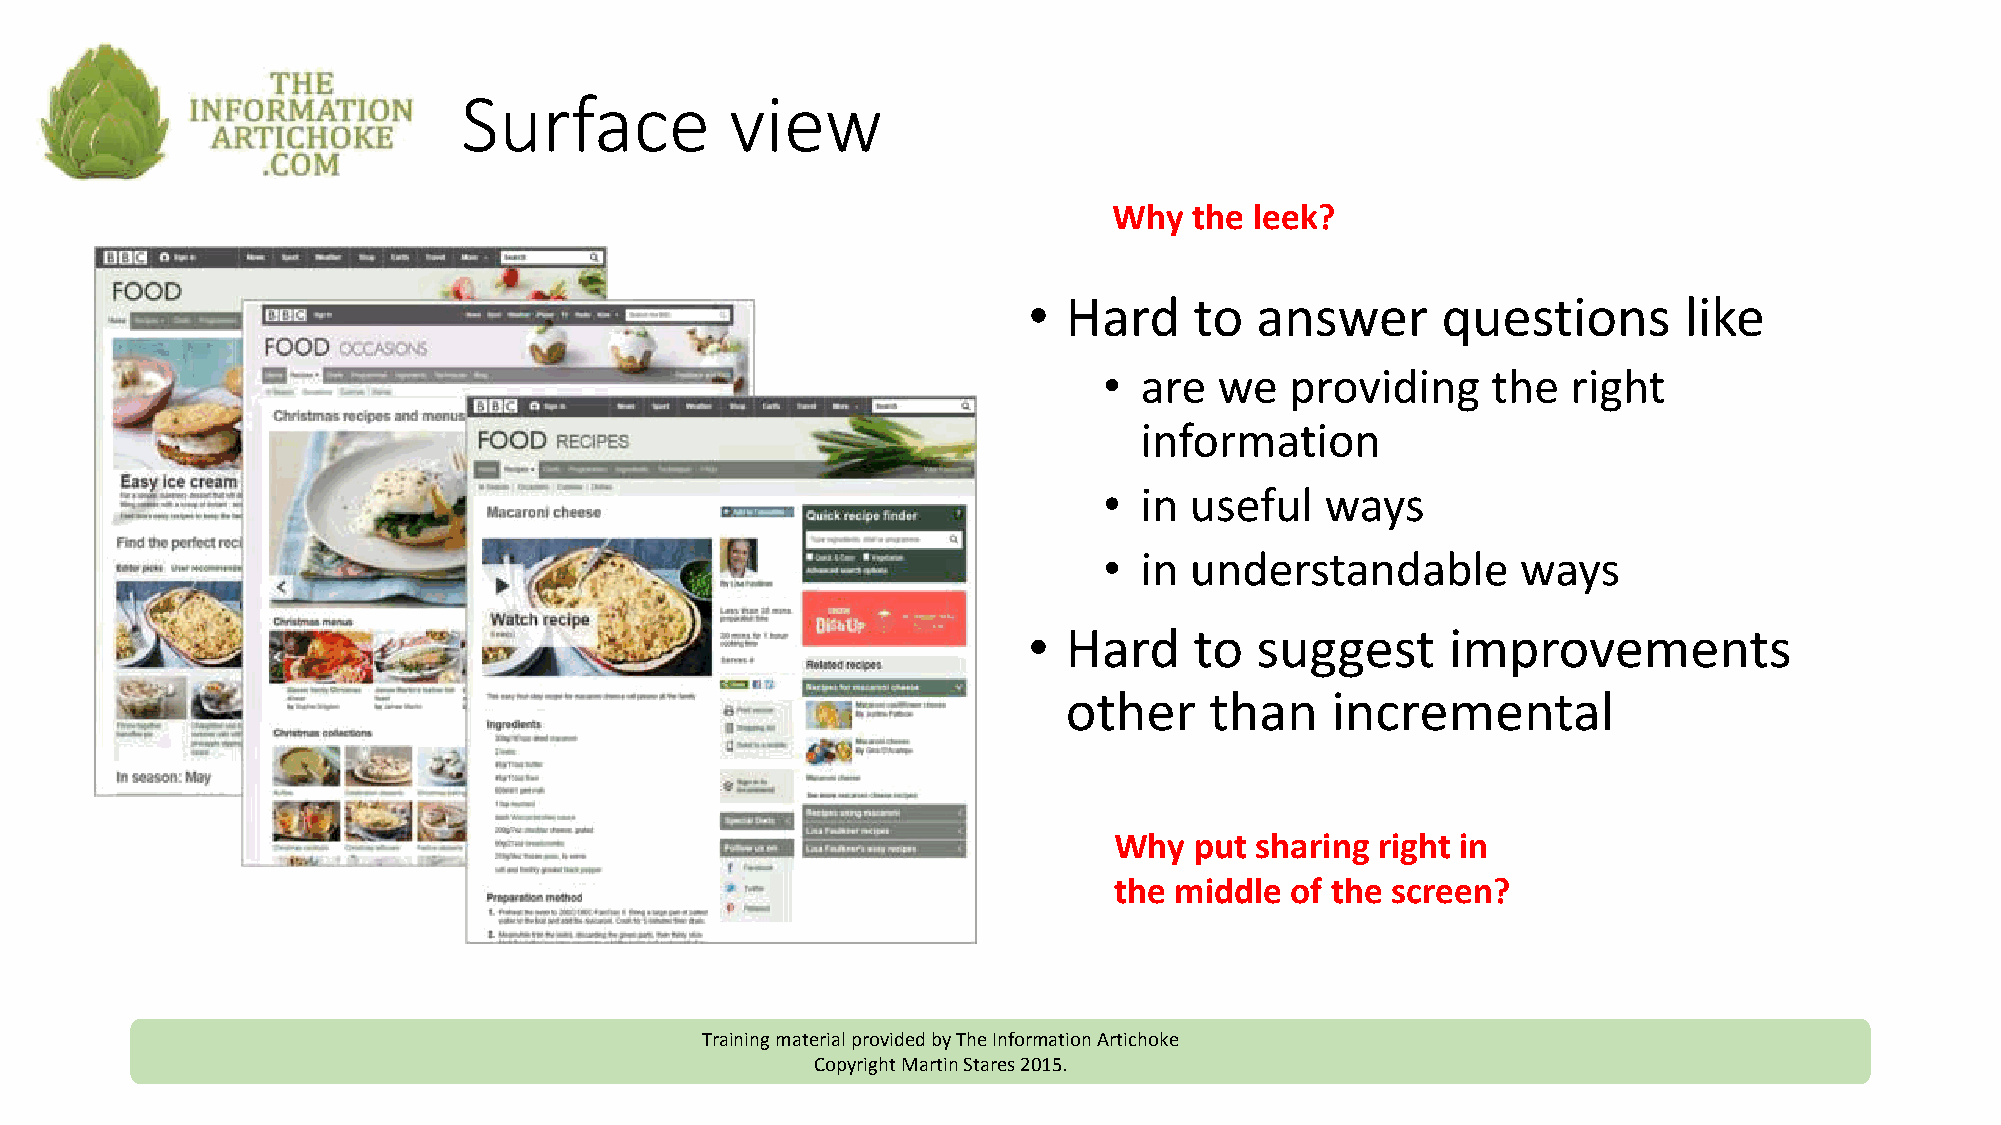
Surface          view
 Why  the leek?
 •  Hard    to  answer      questions       like
 • are   we  providing     the  right
 information
 • in  useful   ways
 • in  understandable        ways
 •  Hard    to  suggest      improvements
 other    than    incremental
 Why  put sharing right in
 the middle of the screen?
 Training material provided by The Information Artichoke
 Copyright Martin Stares 2015.